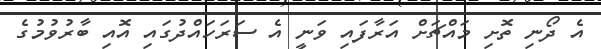
އެ ދޯނި ތޮށި މައްޗަށް އަރާފައި ވަނީ އެ ސަރަހައްދުގައި އޮއި ބާރުވުމުގެ